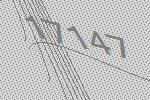
17147